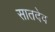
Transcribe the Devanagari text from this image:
सातदेव